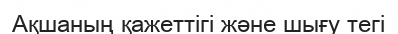
Ақшаның қажеттігі және шығу тегі